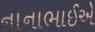
નાનાભાઈએ